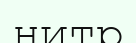
нитр